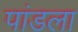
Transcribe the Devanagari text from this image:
पांडला